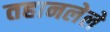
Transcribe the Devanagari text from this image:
तहानलेले